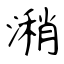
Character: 潲